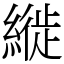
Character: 縰